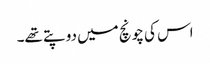
اس کی چونچ میں دو پتے تھے۔